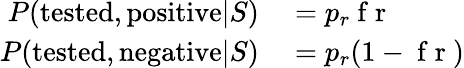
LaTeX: \begin{array}{rl}{P(\mathrm{tested,positive}|S)}&{{}=p_{r}\mathrm{~f~r~}}\\ {P(\mathrm{tested,negative}|S)}&{{}=p_{r}(1-\mathrm{~f~r~})}\end{array}